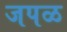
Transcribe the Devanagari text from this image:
जपळ